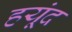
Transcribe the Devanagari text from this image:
हयूंद